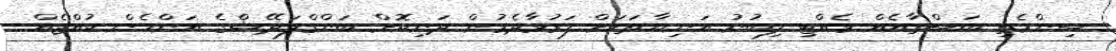
ސިންމެތި ބަސްތާއެއް ވެއްޓި ލިބުނު އަނިޔާތަކަށް ފަރުވާދެމުން ދަނިކޮށް ބަންގްލަދޭޝްގެ އަންހެން ކުއްޖެއް